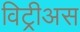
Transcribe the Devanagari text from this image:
विट्रीअस